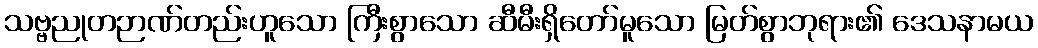
သဗ္ဗညုတဉာဏ်တည်းဟူသော ကြီးစွာသော ဆီမီးရှိတော်မူသော မြတ်စွာဘုရား၏ ဒေသနာမယ